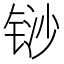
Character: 𰾈